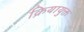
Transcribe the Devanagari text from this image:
क्रियायुक्त